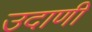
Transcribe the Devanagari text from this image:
उदाणी